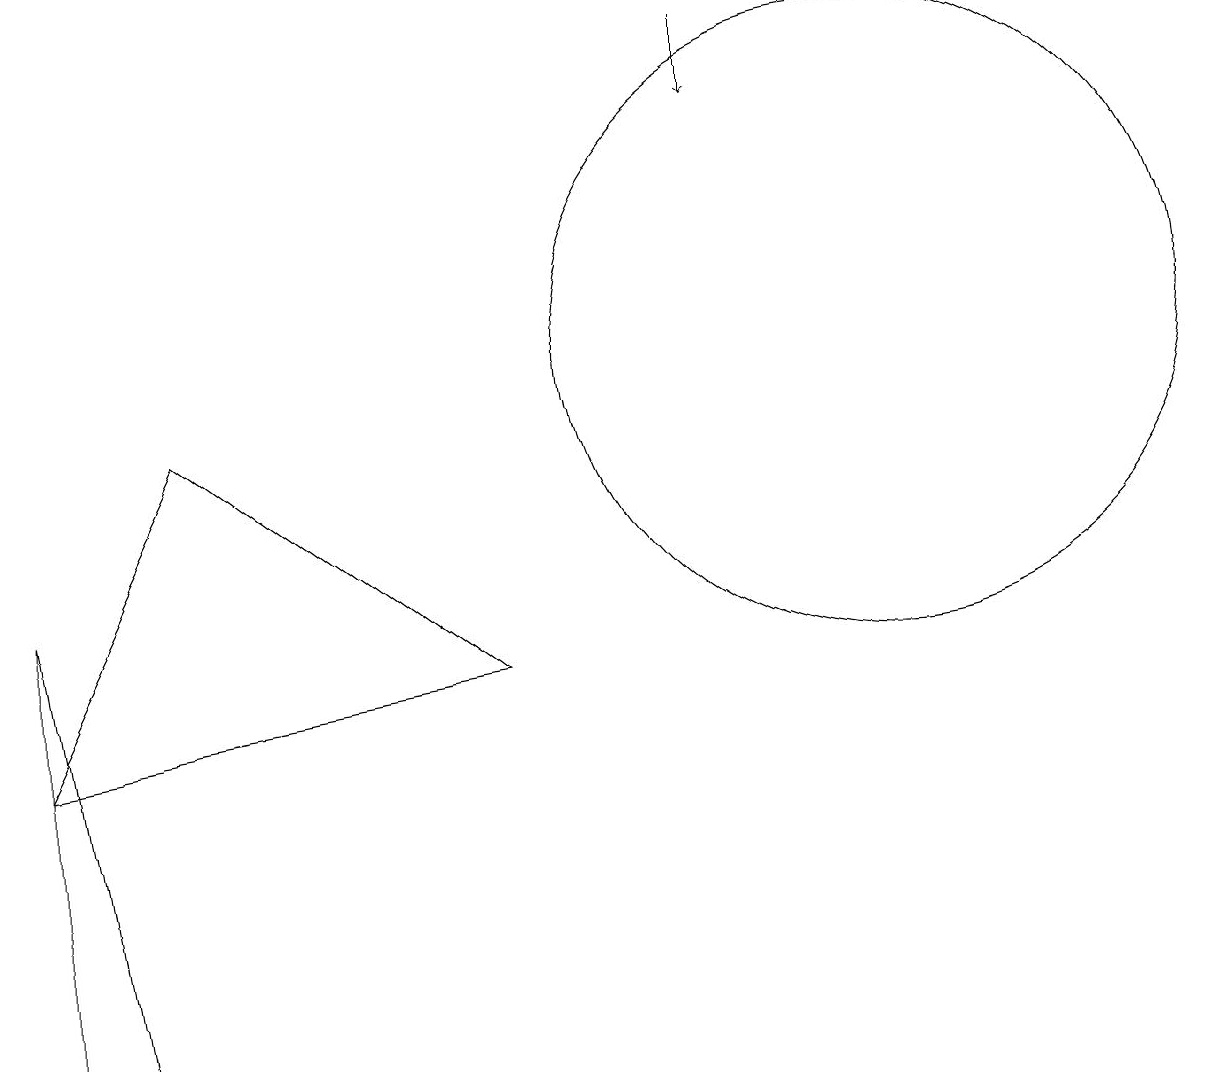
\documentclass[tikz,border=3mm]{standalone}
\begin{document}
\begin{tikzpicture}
\draw (2,9) -- (0,5) -- (6,6) -- cycle;
\draw (12,11) circle (0);
\draw (10,10) circle (0);
\draw (1,1) -- (0,1) -- (0,7) -- cycle;
\draw (11,10) circle (4);
\draw[->] (9,14) -- (9,13);
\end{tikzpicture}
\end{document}